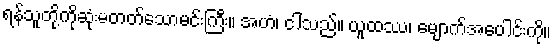
ရန်သူတို့ကိုဆုံးမတတ်သောမင်းကြီး။ အဟံ၊ ငါသည်။ ယူထဿ၊ မျောက်အပေါင်းကို။